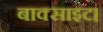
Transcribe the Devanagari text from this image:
बाक्साइट।